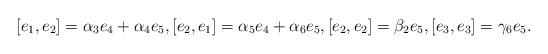
LaTeX: \begin{align*} [e_1, e_2]=\alpha_3e_4+ \alpha_4e_5, [e_2, e_1]=\alpha_5e_4+\alpha_6e_5, [e_2, e_2]=\beta_2e_5, [e_3, e_3]=\gamma_6e_5.\end{align*}